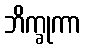
ဘိက္ခုကာ